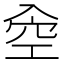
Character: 𠓯